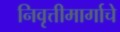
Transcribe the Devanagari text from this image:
निवृत्तीमार्गाचे